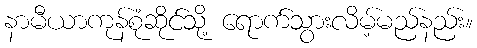
နာမီယာကုန်စုံဆိုင်သို့ ရောက်သွားလိမ့်မည်နည်း။